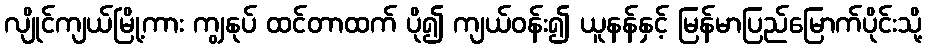
လျိုင်ကျယ်မြို့ကား ကျွနုပ် ထင်တာထက် ပို၍ ကျယ်ဝန်း၍ ယူနန်နှင့် မြန်မာပြည်မြောက်ပိုင်းသို့